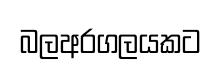
බලඅරගලයකට